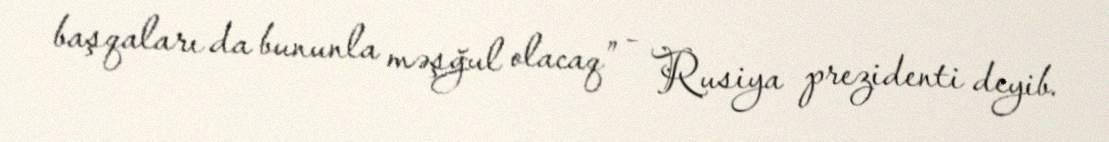
başqaları da bununla məşğul olacaq” - Rusiya prezidenti deyib.